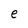
Character: e